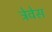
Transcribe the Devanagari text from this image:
त्रेवेस